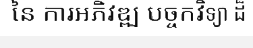
នៃ ការអភិវឌ្ឍ បច្ចកវិទ្យា ដ៏